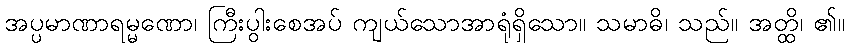
အပ္ပမာဏာရမ္မဏော၊ ကြီးပွါးစေအပ် ကျယ်သောအာရုံရှိသော။ သမာဓိ၊ သည်။ အတ္ထိ၊ ၏။